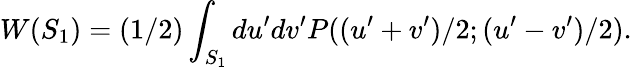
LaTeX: W(S_{1})=(1/2)\int_{S_{1}}du^{\prime}dv^{\prime}P((u^{\prime}+v^{\prime})/2;(u^{\prime}-v^{\prime})/2).